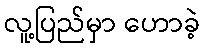
လူ့ပြည်မှာ ဟောခဲ့